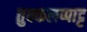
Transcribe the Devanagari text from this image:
तुक्कलप्पाट्ट